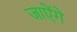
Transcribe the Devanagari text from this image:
जाऐंगे